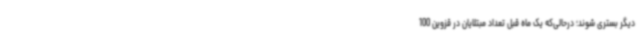
دیگر بستری شوند؛ درحالی‌که یک ماه قبل تعداد مبتلایان در قزوین 100